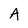
Character: A